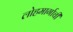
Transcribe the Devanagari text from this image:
लोहमार्गाची